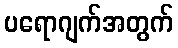
ပရောဂျက်အတွက်